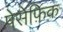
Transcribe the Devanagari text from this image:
पेसेफ़िक